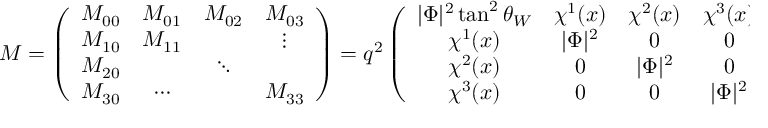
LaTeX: { \cal M } = \left( \begin{array} { c c c c } { { { \cal M } _ { 0 0 } } } & { { { \cal M } _ { 0 1 } } } & { { { \cal M } _ { 0 2 } } } & { { { \cal M } _ { 0 3 } } } \\ { { { \cal M } _ { 1 0 } } } & { { { \cal M } _ { 1 1 } } } & { { } } & { { \vdots } } \\ { { { \cal M } _ { 2 0 } } } & { { } } & { { \ddots } } & { { } } \\ { { { \cal M } _ { 3 0 } } } & { { \cdots } } & { { } } & { { { \cal M } _ { 3 3 } } } \end{array} \right) = q ^ { 2 } \left( \begin{array} { c c c c } { { | \Phi | ^ { 2 } \tan ^ { 2 } \theta _ { W } } } & { { \chi ^ { 1 } ( x ) } } & { { \chi ^ { 2 } ( x ) } } & { { \chi ^ { 3 } ( x ) } } \\ { { \chi ^ { 1 } ( x ) } } & { { | \Phi | ^ { 2 } } } & { { 0 } } & { { 0 } } \\ { { \chi ^ { 2 } ( x ) } } & { { 0 } } & { { | \Phi | ^ { 2 } } } & { { 0 } } \\ { { \chi ^ { 3 } ( x ) } } & { { 0 } } & { { 0 } } & { { | \Phi | ^ { 2 } } } \end{array} \right) ,